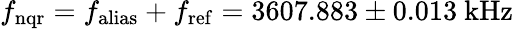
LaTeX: f_{\mathrm{nqr}}=f_{\mathrm{alias}}+f_{\mathrm{ref}}=3607.883\pm 0.013~\mathrm{kHz}